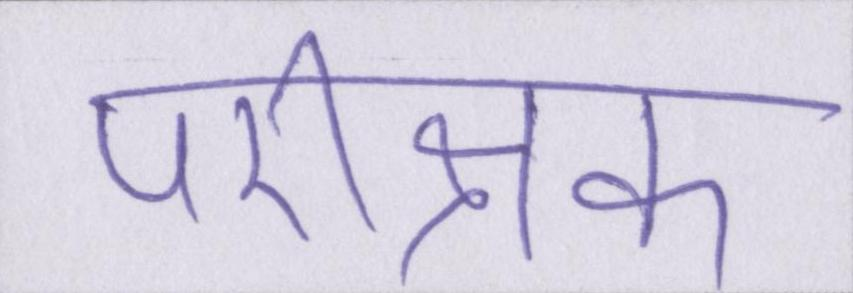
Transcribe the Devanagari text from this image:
परीक्षक